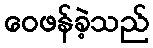
ဝေဖန်ခဲ့သည်